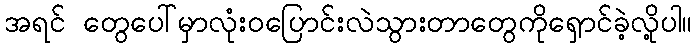
အရင် တွေပေါ်မှာလုံးဝပြောင်းလဲသွားတာတွေကိုရှောင်ခဲ့လို့ပါ။